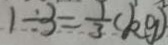
1 \div 3 = \frac { 1 } { 3 } ( k g )